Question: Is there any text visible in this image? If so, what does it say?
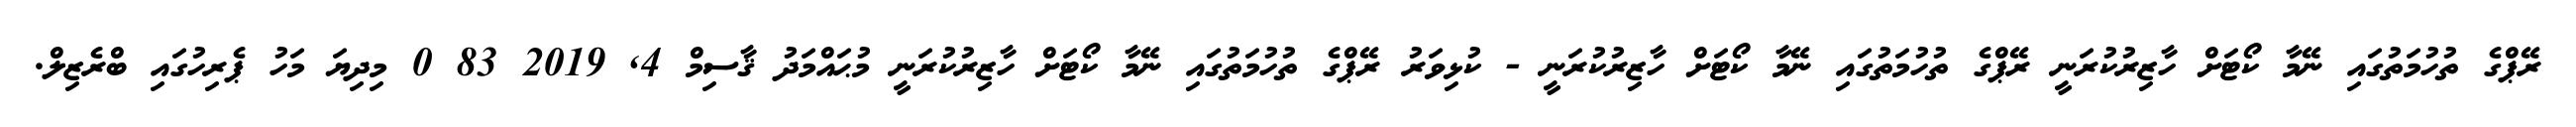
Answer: ރޭޕްގެ ތުހުމަތުގައި ނޭމާ ކޯޓަށް ހާޒިރުކުރަނީ ރޭޕްގެ ތުހުމަތުގައި ނޭމާ ކޯޓަށް ހާޒިރުކުރަނީ - ކުޅިވަރު ރޭޕްގެ ތުހުމަތުގައި ނޭމާ ކޯޓަށް ހާޒިރުކުރަނީ މުޙައްމަދު ޤާސިމް 4, 2019 83 0 މިދިޔަ މަހު ޕެރިހުގައި ބްރެޒިލް.